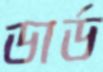
ডার্ড